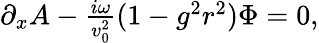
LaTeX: \begin{array}{r}{\partial_{x}A-\frac{i\omega}{v_{0}^{2}}(1-g^{2}r^{2})\Phi=0,}\end{array}